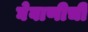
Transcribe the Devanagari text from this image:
घेवाणीची